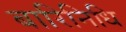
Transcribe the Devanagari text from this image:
बारिनिधि